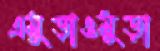
এমুড়াওমুড়া